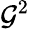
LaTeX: \mathcal{G}^{2}